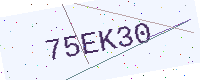
Text: 75EK30